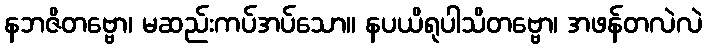
နဘဇိတဗ္ဗော၊ မဆည်းကပ်အပ်သော။ နပယိရုပါသိတဗ္ဗော၊ အဖန်တလဲလဲ